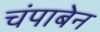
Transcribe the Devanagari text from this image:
चंपाबेन